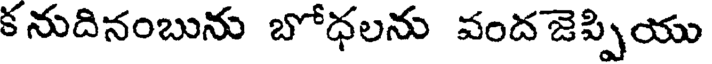
క నుదినంబును బోధలను వంద జెప్పియు